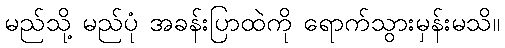
မည်သို့ မည်ပုံ အခန်းပြာထဲကို ရောက်သွားမှန်းမသိ။